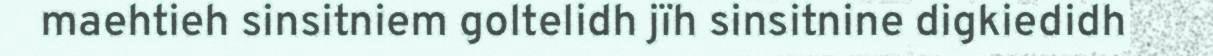
maehtieh sinsitniem goltelidh jïh sinsitnine digkiedidh